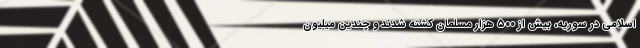
اسلامي در سوريه، بيش از ۵۰۰ هزار مسلمان کشته شدند و چندين ميليون